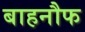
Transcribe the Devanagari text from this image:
बाहनौफ